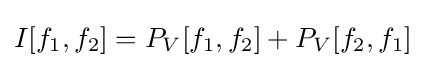
I[f_{1},f_{2}]=P_{V}[f_{1},f_{2}]+P_{V}[f_{2},f_{1}]